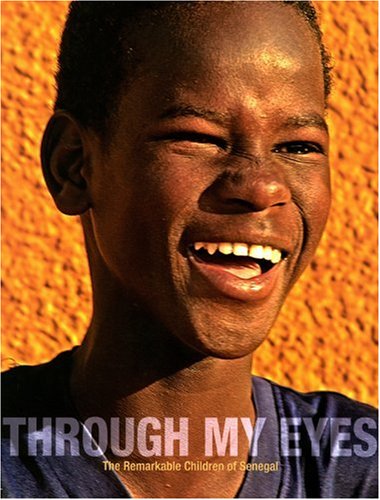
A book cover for Through My Eyes: The Remarkable Children of Senegal; Travel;